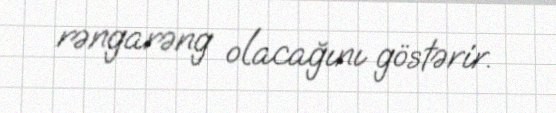
rəngarəng olacağını göstərir.